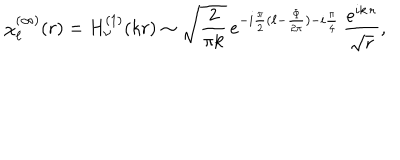
\chi _ { \ell } ^ { ( \infty ) } ( r ) = H _ { \nu } ^ { ( 1 ) } ( k r ) \sim \sqrt { \frac { 2 } { \pi k } } \, e ^ { - i \frac { \pi } { 2 } ( \ell - \frac { \Phi } { 2 \pi } ) - i \frac { \pi } { 4 } } \, \frac { e ^ { i k \, r } } { \sqrt { r } } ,